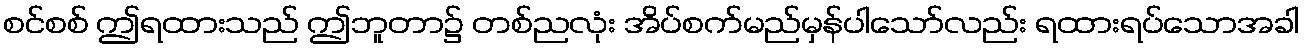
စင်စစ် ဤရထားသည် ဤဘူတာ၌ တစ်ညလုံး အိပ်စက်မည်မှန်ပါသော်လည်း ရထားရပ်သောအခါ